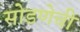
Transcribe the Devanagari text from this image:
सोडणेची